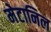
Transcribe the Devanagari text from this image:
मेटानिल